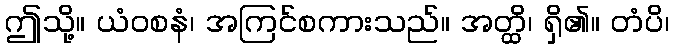
ဤသို့။ ယံဝစနံ၊ အကြင်စကားသည်။ အတ္ထိ၊ ရှိ၏။ တံပိ၊